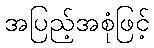
အပြည့်အစုံဖြင့်